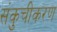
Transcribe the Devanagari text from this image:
संकुचीकरण